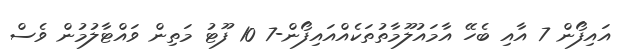
އައިފޯން 7 އާއި ބެހޭ އާމައުލޫމާތުތަކެއްއައިފޯން-7 10 ފޫޓު މަތިން ވައްޓާލުމުން ވެސް